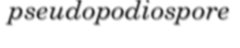
pseudopodiospore